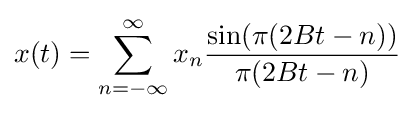
x(t)=\sum _{n=-\infty }^{\infty }x_{n}{\sin(\pi (2Bt-n)) \over \pi (2Bt-n)}